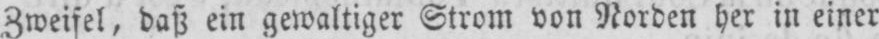
Zweifel, daß ein gewaltiger Strom von Norden her in einer